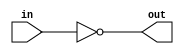
module inv(in, out);
input in;
output out;
assign out = ~in;
endmodule

module nand2(a, b, out);
input a, b;
output out;
assign out = ~(a & b);
endmodule

module nand3(a, b, c, out);
input a, b, c;
output out;
assign out = ~(a & b & c);
endmodule

module nand4(a, b, c, d, out);
input a, b, c, d;
output out;
assign out = ~(a & b & c & d);
endmodule

module nor2(a, b, out);
input a, b;
output out;
assign out = ~(a | b);
endmodule

module nor3(a, b, c, out);
input a, b, c;
output out;
assign out = ~(a | b | c);
endmodule

module xor2(a, b, out);
input a, b;
output out;
assign out = (a ^ b);
endmodule

module aoi12(a, b, c, out);
input a, b, c;
output out;
assign out = ~(a | (b & c));
endmodule

module aoi22(a, b, c, d, out);
input a, b, c, d;
output out;
assign out = ~((a & b) | (c & d));
endmodule

module oai12(a, b, c, out);
input a, b, c;
output out;
assign out = ~(a & (b | c));
endmodule

module oai22(a, b, c, d, out);
input a, b, c, d;
output out;
assign out = ~((a | b) & (c | d));
endmodule

module dff( d, gclk, rnot, q);
input d, gclk, rnot;
output q;
reg q;
always @(posedge gclk or negedge rnot)
  if (rnot == 1'b0)
    q = 1'b0;
  else
    q = d;
endmodule